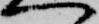
へ